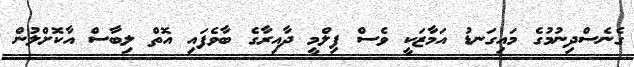
ގެނެސްދިނުމުގެ މައިގަނޑު އަމާޒަކީ ވެސް ފިލްމީ ދާއިރާގެ ބާވެފައި އޮތް ލިބާސް އާކޮށްލުން